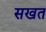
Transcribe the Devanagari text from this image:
सखत